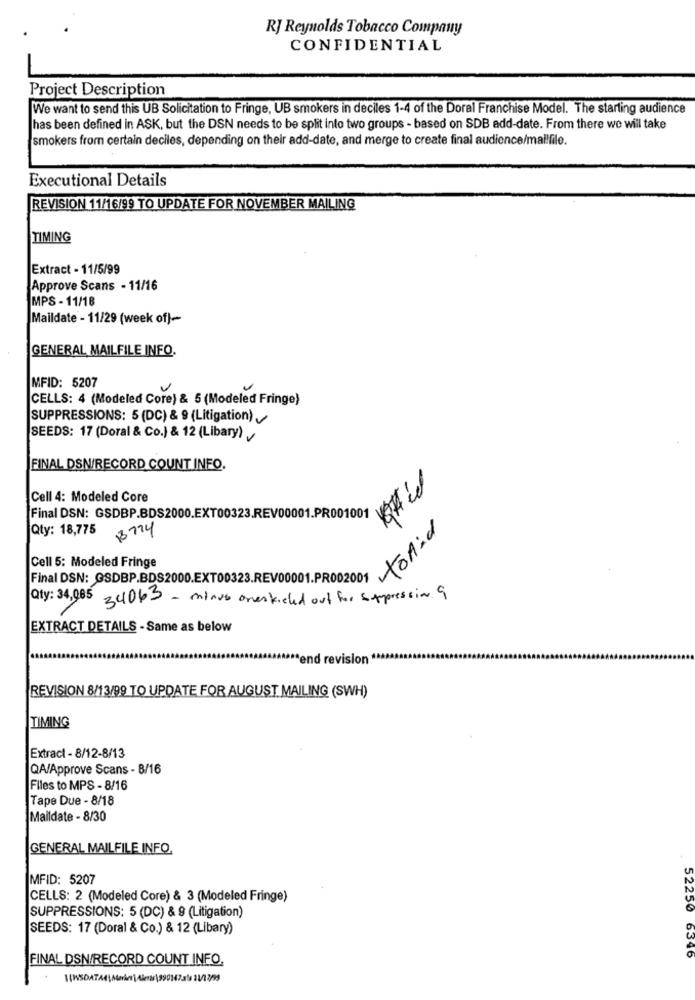
RJ Reynolds Tobacco Company
CONFIDENTIAL
Project Description
We want to send this UB Solicitation to Fringe, UB smokers in deciles 1-4 of the Doral Franchise Model. The starting audience
has been defined in ASK, but the DSN needs to be split into two groups - based on SDB add-date. From there we will take
smokers from certain deciles, depending on their add-date, and merge to create final audience/mallfile.
Executional Details
REVISION 11/16/99 TO UPDATE FOR NOVEMBER MAILING
TIMING
Extract - 11/5/99
Approve Scans - 11/16
MPS - 11/18
Maildate - 11/29 (week of)-
GENERAL MAILFILE INFO.
MFID: 5207
CELLS: 4 (Modeled Core) & 5 (Modeled Fringe)
SUPPRESSIONS: 5 (DC) & 9 (Litigation)
SEEDS: 17 (Doral & Co.) & 12 (Libary)
FINAL DSN/RECORD COUNT INFO.
Cell 4: Modeled Core
Final DSN: GSDBP.BDS2000.EXT00323.REV00001.PR001001
Qty: 18,775
18774
toAid
Cell 5: Modeled Fringe
Final DSN: GSDBP.BDS2000.EXT00323.REV00001.PR002001
Qty: 34,085
34065 - minus ones kicked out for suppression 9
EXTRACT DETAILS - Same as below
end revision **
REVISION 8/13/99 TO UPDATE FOR AUGUST MAILING (SWH)
TIMING
Extract - 8/12-8/13
QA/Approve Scans - 8/16
Files to MPS - 8/16
Tape Due - 8/18
Maildate - 8/30
GENERAL MAILFILE INFO.
MFID: 5207
CELLS: 2 (Modeled Core) & 3 (Modeled Fringe)
52250
SUPPRESSIONS: 5 (DC) & 9 (Litigation)
SEEDS: 17 (Doral & Co.) & 12 (Libary)
FINAL DSN/RECORD COUNT INFO.
6346